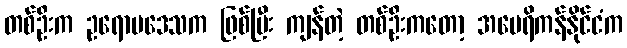
တစ်ဦးက ဥရောပဒေသက ဖြစ်ပြီး ကျန်တဲ့ တစ်ဦးကတော့ အမေရိကန်နိုင်ငံက